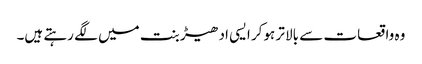
وہ واقعات سے بالا تر ہوکر ایسی ادھیڑ بنت میں لگے رہتے ہیں۔